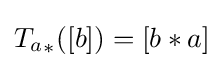
{T_{a}}_{\ast }([b])=[b*a]